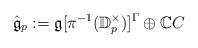
LaTeX: \begin{align*} \hat{ \mathfrak{g}}_p :=\mathfrak{g}[\pi^{-1}(\mathbb{D}^\times_p) ]^\Gamma\oplus \mathbb{C}C\end{align*}